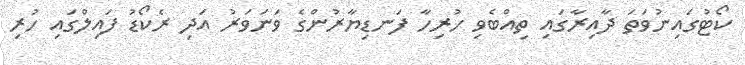
ކޯޓުގައިނުވަތަ ދާއިރާގައި ތިއްބެވި ހުރިހާ ފަނޑިޔާރުންގެ ވަނަވަރު އަދި ރެކޯޑު ފައިލްގައި ހުރި